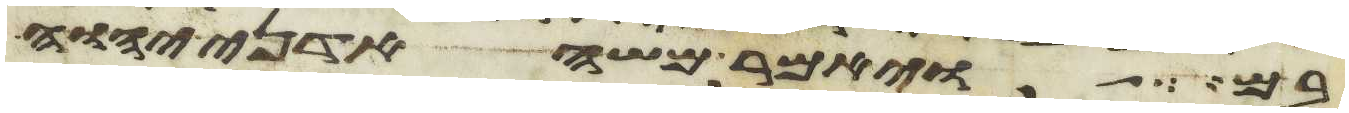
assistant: בם ויאמר משה אדני יהוה